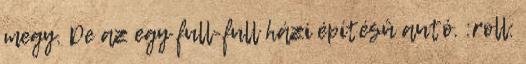
megy. De az egy full-full házi építésû autó. :roll: